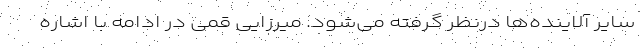
سایر آلاینده‌ها درنظر گرفته می‌شود. میرزایی قمی در ادامه با اشاره